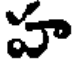
హ